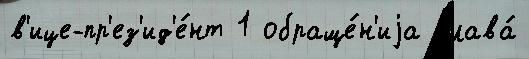
в'ице-пр'ез'ид'е́нт 1 обраще́н'иjа глава́